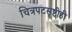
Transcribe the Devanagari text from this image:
चित्रपटसृष्टीही